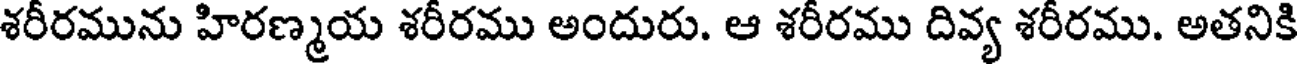
శరీరమును హిరణ్మయ శరీరము అందురు. ఆ శరీరము దివ్య శరీరము. అతనికి